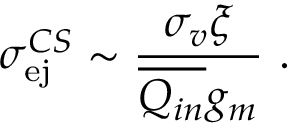
\sigma _ { \mathrm { e j } } ^ { C S } \sim \frac { \sigma _ { v } \xi } { \overline { { Q _ { i n } } } g _ { m } } ~ .